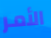
الأمر